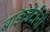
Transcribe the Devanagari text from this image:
बाइजेंटीनी